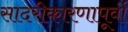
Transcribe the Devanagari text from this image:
सादरीकारणापूर्वी